Scottish Certificate of Education, 1962
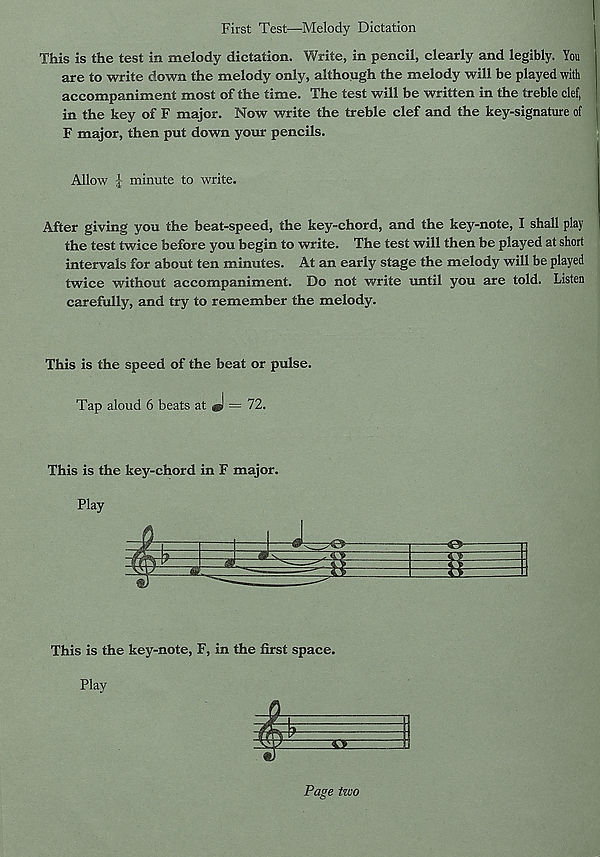
First Test—Melody Dictation
This is the test in melody dictation. Write, in pencil, clearly and legibly. You
are to write down the melody only, although the melody will be played with
accompaniment most of the time. The test will be written in the treble clef,
in the key of F major. Now write the treble clef and the key-signature of
F major, then put down your pencils.
Allow l minute to write.
After giving you the beat-speed, the key-chord, and the key-note, I shall play
the test twice before you begin to write. The test will then be played at short
intervals for about ten minutes. At an early stage the melody will be played
twice without accompaniment. Do not write until you are told. Listen
carefully, and try to remember the melody.
This is the speed of the beat or pulse.
Tap aloud 6 beats at «l = 72.
This is the key-chord in F major.
Play
This is the key-note, F, in the first space.
Page two